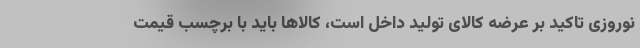
نوروزی تاکید بر عرضه کالای تولید داخل است، کالاها باید با برچسب قیمت